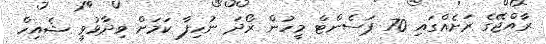
ރާއްޖޭގެ ރަށެއްގައި 70 ޕަސެންޓް މީހުން ރޯދަ ނުހިފާ ކަމަށް ވިދާޅުވީ ޝެއިހް